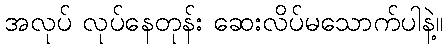
အလုပ် လုပ်နေတုန်း ဆေးလိပ်မသောက်ပါနဲ့။